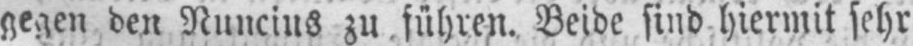
gegen den Nuncius zu führen. Beide sind hiermit sehr